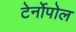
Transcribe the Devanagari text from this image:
टेर्नोपोल